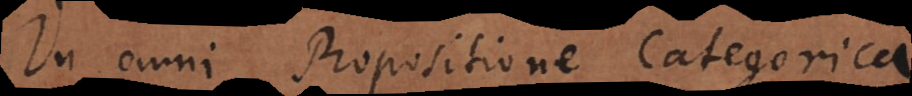
In omni Propositione Categorica